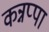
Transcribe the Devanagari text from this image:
कन्नप्पा